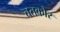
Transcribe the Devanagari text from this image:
चतकोर